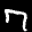
Label: 7